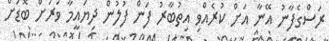
ރަސްގެފާނު އޭނާ އަށް ކުރެއްވި އިތުބާރު ފަން ފުލުން ދިޔައީމާ ވަރަށް ބޮޑަށް